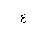
Letter: _ayn